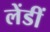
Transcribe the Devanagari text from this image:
लेंडीं